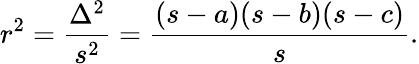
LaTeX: r^{2}={\frac{\Delta^{2}}{s^{2}}}={\frac{(s-a)(s-b)(s-c)}{s}}.